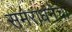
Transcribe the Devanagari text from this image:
समराधनेचा